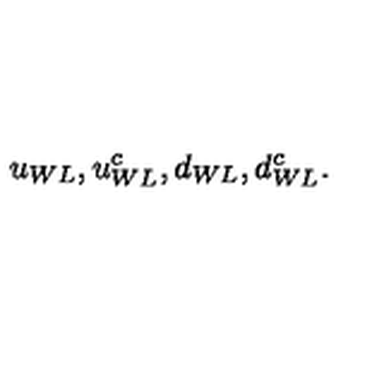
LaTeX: u _ { W L } , u _ { W L } ^ { c } , d _ { W L } , d _ { W L } ^ { c } .